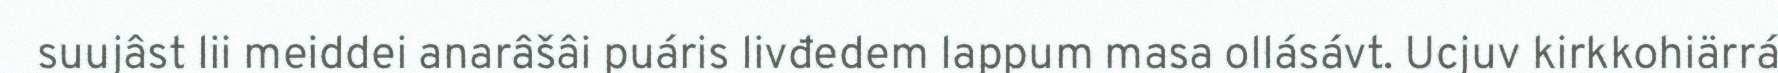
suujâst lii meiddei anarâšâi puáris livđedem lappum masa ollásávt. Ucjuv kirkkohiärrá